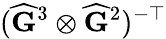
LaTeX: (\widehat{\mathbf{G}}^{3}\otimes\widehat{\mathbf{G}}^{2})^{-\top}